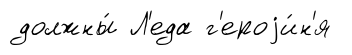
должны́ Л'еда г'ероjи́н'я